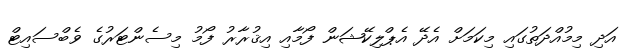
އަދި މިމުއްދަތުގައި މިކަމަށް އެދޭ އެޕްލިކޭޝަން ފޯމާއި އިޤުރާރު ފޯމު މިސެންޓަރުގެ ވެބްސައިޓް